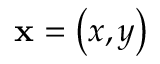
\mathbf { x } = \left( x , y \right)